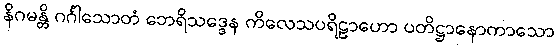
နိဂမန္တိ ဂင်္ဂါသောတံ ဘေရိသဒ္ဒေန ကိလေသပရိဠာဟော ပတိဋ္ဌာနောကာသော